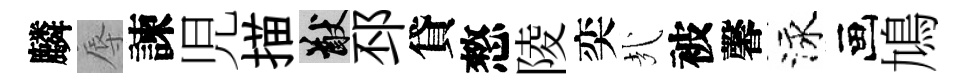
麟辱諫児描猷邳貸憗陵奕㢤被馨泳画鳩